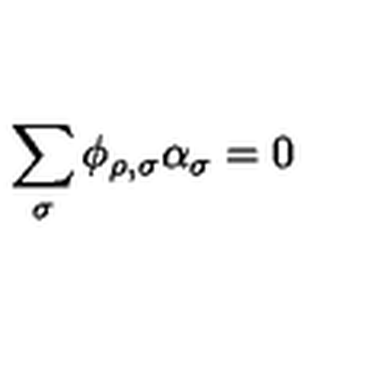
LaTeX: \sum _ { \sigma } \phi _ { \rho , \sigma } \alpha _ { \sigma } = 0